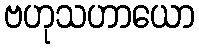
ဗဟုသဟာယော